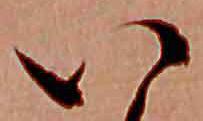
い